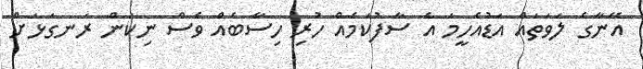
އޭނާގެ ލަވަތައް އަޑުއެހީމަ އެ ސާފުކަމެއް ހުރި ހިސާބެއް ވެސް ނިކަން ރަނގަޅަށް